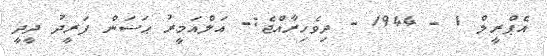
އެޕްރީލް 1 - 1944 - ދިވެހިރާއްޖެ:- އަލްއަމީރު ޙަސަން ފަރީދު ދީދީ